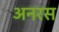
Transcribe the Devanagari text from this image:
अनरस